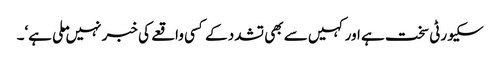
سکیورٹی سخت ہے اور کہیں سے بھی تشدد کے کسی واقعے کی خبر نہیں ملی ہے‘۔